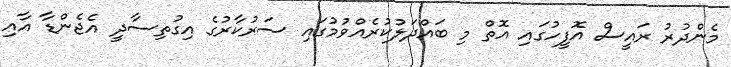
މެންދުރު ރައީސް އޮފީހުގައި އޮތް މި ބައްދަލުކުރެއްވުމުގައި ސަރުކާރުގެ އިގުތިސާދީ އެޖެންޑާ އާއި